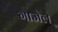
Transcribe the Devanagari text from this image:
गाजेल